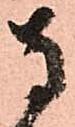
寺